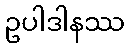
ဥပါဒါနဿ